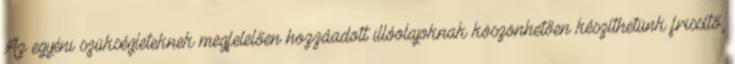
Az egyéni szükségleteknek megfelelően hozzáadott illóolajoknak köszönhetően készíthetünk frissítő,